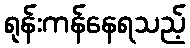
ရုန်းကန်နေရသည့်